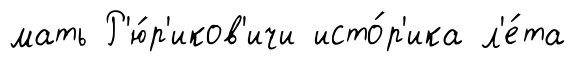
мать Р'ю́р'иков'ичи исто́р'ика л'е́та